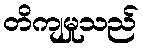
တိကျမှုသည်